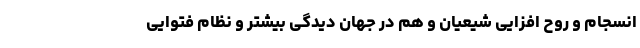
انسجام و روح افزایی شیعیان و هم در جهان دیدگی بیشتر و نظام فتوایی